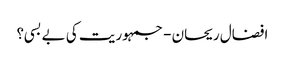
افضال ریحان - جمہوریت کی بے بسی؟